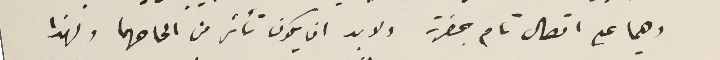
وهما على اتصال تام بحضرته ولا بد ان يكون تأثر من الحاحهما ولهذا